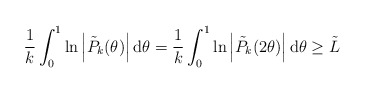
\begin{align*}\frac{1}{k} \int_{0}^{1} \ln \left|\tilde{P}_{k}(\theta)\right| \mathrm{d} \theta=\frac{1}{k} \int_{0}^{1} \ln \left|\tilde{P}_{k}(2 \theta)\right| \mathrm{d} \theta \geq \tilde{L}\end{align*}